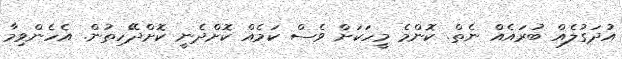
އުދަގުލެއް ބުރައެއް ނެތް. ކޮންމެ މީހަކަށް ވެސް ކަމެއް ކޮށްދެނީ ކޮށްދޭހިތުން. އެހެންވިމާ